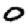
Digit: 0